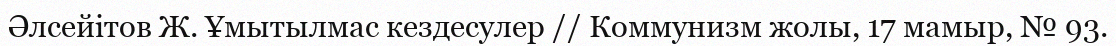
Әлсейітов Ж. Ұмытылмас кездесулер // Коммунизм жолы, 17 мамыр, № 93.